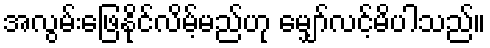
အလွမ်းဖြေနိုင်လိမ့်မည်ဟု မျှော်လင့်မိပါသည်။